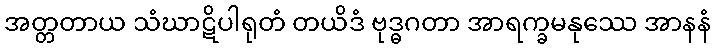
အတ္တတာယ သံဃာဋိပါရုတံ တယိဒံ ဗုဒ္ဓဂတာ အာရက္ခမနုဿေ အာနနံ